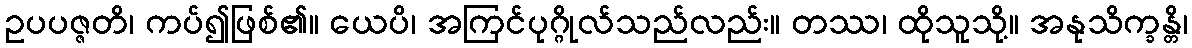
ဥပပဇ္ဇတိ၊ ကပ်၍ဖြစ်၏။ ယေပိ၊ အကြင်ပုဂ္ဂိုလ်သည်လည်း။ တဿ၊ ထိုသူသို့။ အနုသိက္ခန္တိ၊